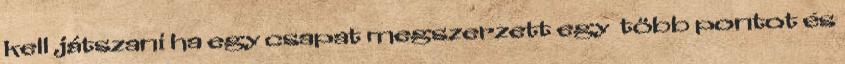
kell játszani ha egy csapat megszerzett egy több pontot és